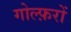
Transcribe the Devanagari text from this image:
गोल्फ़रों